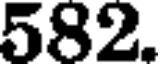
582.